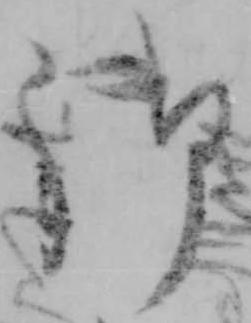
御